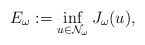
\begin{align*}E_{\omega}:=\inf_{u\in\mathcal{N}_{\omega}}J_{\omega}(u),\end{align*}